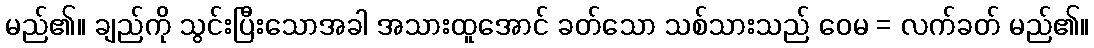
မည်၏။ ချည်ကို သွင်းပြီးသောအခါ အသားထူအောင် ခတ်သော သစ်သားသည် ဝေမ = လက်ခတ် မည်၏။